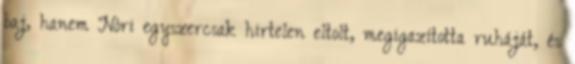
baj, hanem Nóri egyszercsak hirtelen eltolt, megigazította ruháját, és